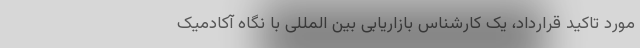
مورد تاکید قرارداد، یک کارشناس بازاریابی بین المللی با نگاه آکادمیک